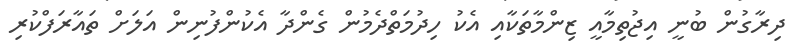
ދިރާގުން ބުނީ އިޖުތިމާއީ ޒިންމާތަކާއި އެކު ހިދުމަތްދެމުން ގެންދާ އެކުންފުނިން އަލަށް ތައާރަފްކުރި